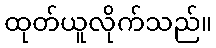
ထုတ်ယူလိုက်သည်။